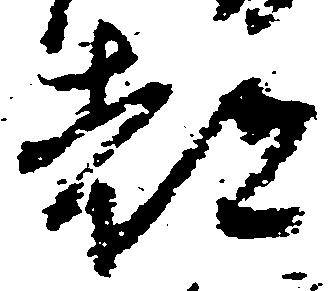
都